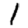
Digit: 1